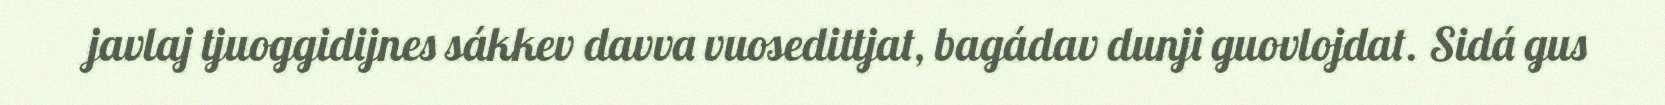
javlaj tjuoggidijnes sákkev davva vuosedittjat, bagádav dunji guovlojdat. Sidá gus